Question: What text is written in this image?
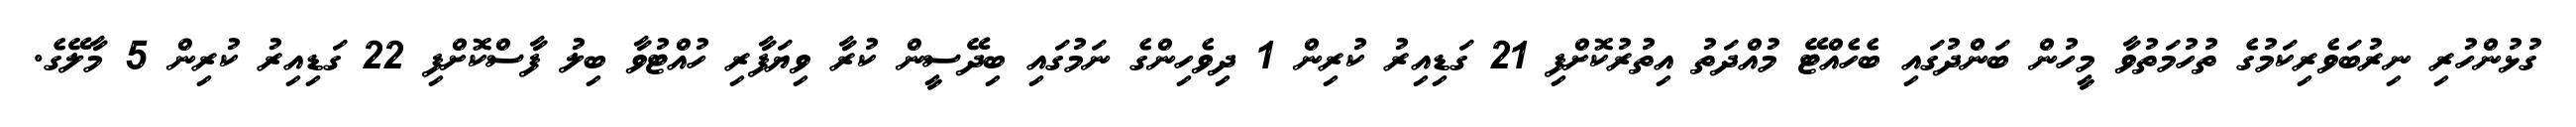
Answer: ގުޅުންހުރި ނިރުބަވެރިކަމުގެ ތުހުމަތުވާ މީހުން ބަންދުގައި ބެހެއްޓޭ މުއްދަތު އިތުރުކޮށްފި 21 ގަޑިއިރު ކުރިން 1 ދިވެހިންގެ ނަމުގައި ބިދޭސީން ކުރާ ވިޔަފާރި ހުއްޓުވާ ބިލު ފާސްކޮށްފި 22 ގަޑިއިރު ކުރިން 5 މާލޭގެ.